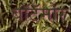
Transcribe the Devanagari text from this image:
बॉटॅमोर